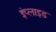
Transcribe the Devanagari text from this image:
इंप्लाइड